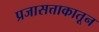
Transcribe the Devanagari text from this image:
प्रजासत्ताकातून